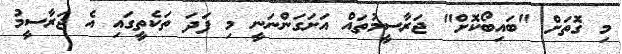
މި ގޮތަށް "ބައިބޯކޮށް" ޖަރާސީމުތައް އަށަގަންނަނީ މި ފަދަ ތަކެތީގައި އެ ޖަރާސީމު